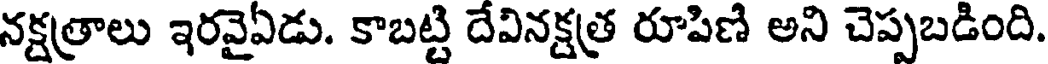
నక్షత్రాలు ఇరవైఏడు. కాబట్టి దేవినక్షత్ర రూపిణి అని చెప్పబడింది.